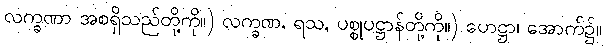
လက္ခဏာ အစရှိသည်တို့ကို။) လက္ခဏ, ရသ, ပစ္စုပဋ္ဌာန်တို့ကို။) ဟေဋ္ဌာ၊ အောက်၌။